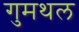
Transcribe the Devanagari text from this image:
गुमथल